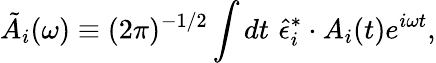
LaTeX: \tilde{A}_{i}(\omega)\equiv(2\pi)^{-1/2}\int dt\, \, \hat{\epsilon}_{i}^{*}\cdot A_{i}(t)e^{i\omega t},